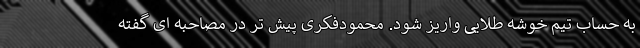
به حساب تیم خوشه طلایی واریز شود. محمودفکری پیش تر در مصاحبه ای گفته